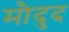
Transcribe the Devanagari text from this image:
मौदुद